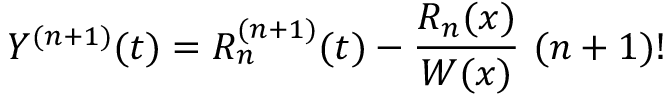
Y ^ { ( n + 1 ) } ( t ) = R _ { n } ^ { ( n + 1 ) } ( t ) - { \frac { R _ { n } ( x ) } { W ( x ) } } \ ( n + 1 ) !